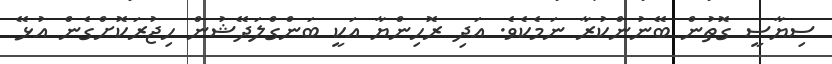
ސިޔާސީ ގޮތުން ބޭނުންކުރާ ނަމެކެވެ. އަދި ރޮހިންޔާ އަކީ ބަންގްލަދޭޝުން ހިޖުރަކޮށްގެން އުޅޭ